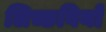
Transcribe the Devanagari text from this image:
लिच्छवियाें